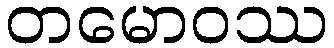
တမောဝဿ